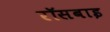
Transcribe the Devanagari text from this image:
रॉसबाइ